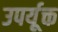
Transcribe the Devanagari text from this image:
उपर्यूक्त